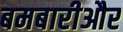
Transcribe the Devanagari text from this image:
बमबारीऔर